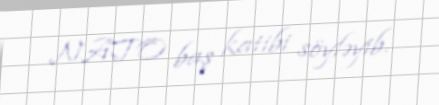
NATO baş katibi söyləyib.